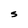
Character: S